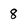
Character: 8